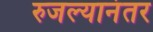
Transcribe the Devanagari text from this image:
रुजल्यानंतर